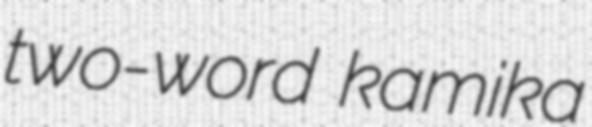
two-word kamika